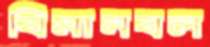
বিমানবল